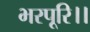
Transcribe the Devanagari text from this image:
भरपूरि।।